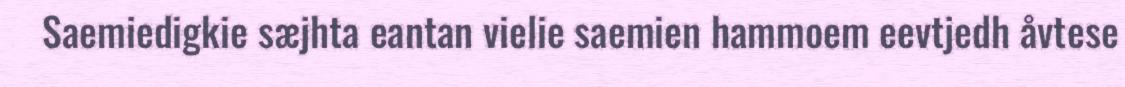
Saemiedigkie sæjhta eantan vielie saemien hammoem eevtjedh åvtese